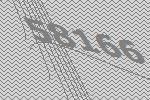
58166